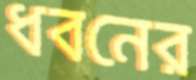
ধবনের